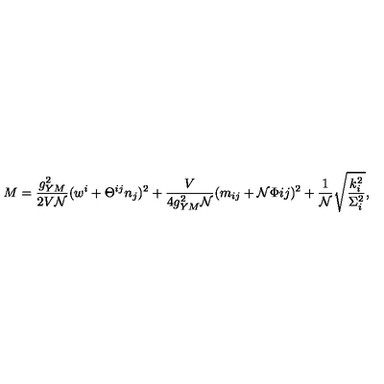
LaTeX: M = \frac { g _ { Y M } ^ { 2 } } { 2 V { \cal N } } ( w ^ { i } + \Theta ^ { i j } n _ { j } ) ^ { 2 } + \frac { V } { 4 g _ { Y M } ^ { 2 } { \cal N } } ( m _ { i j } + { \cal N } \Phi { i j } ) ^ { 2 } + \frac { 1 } { \cal N } \sqrt { \frac { k _ { i } ^ { 2 } } { \Sigma _ { i } ^ { 2 } } } ,